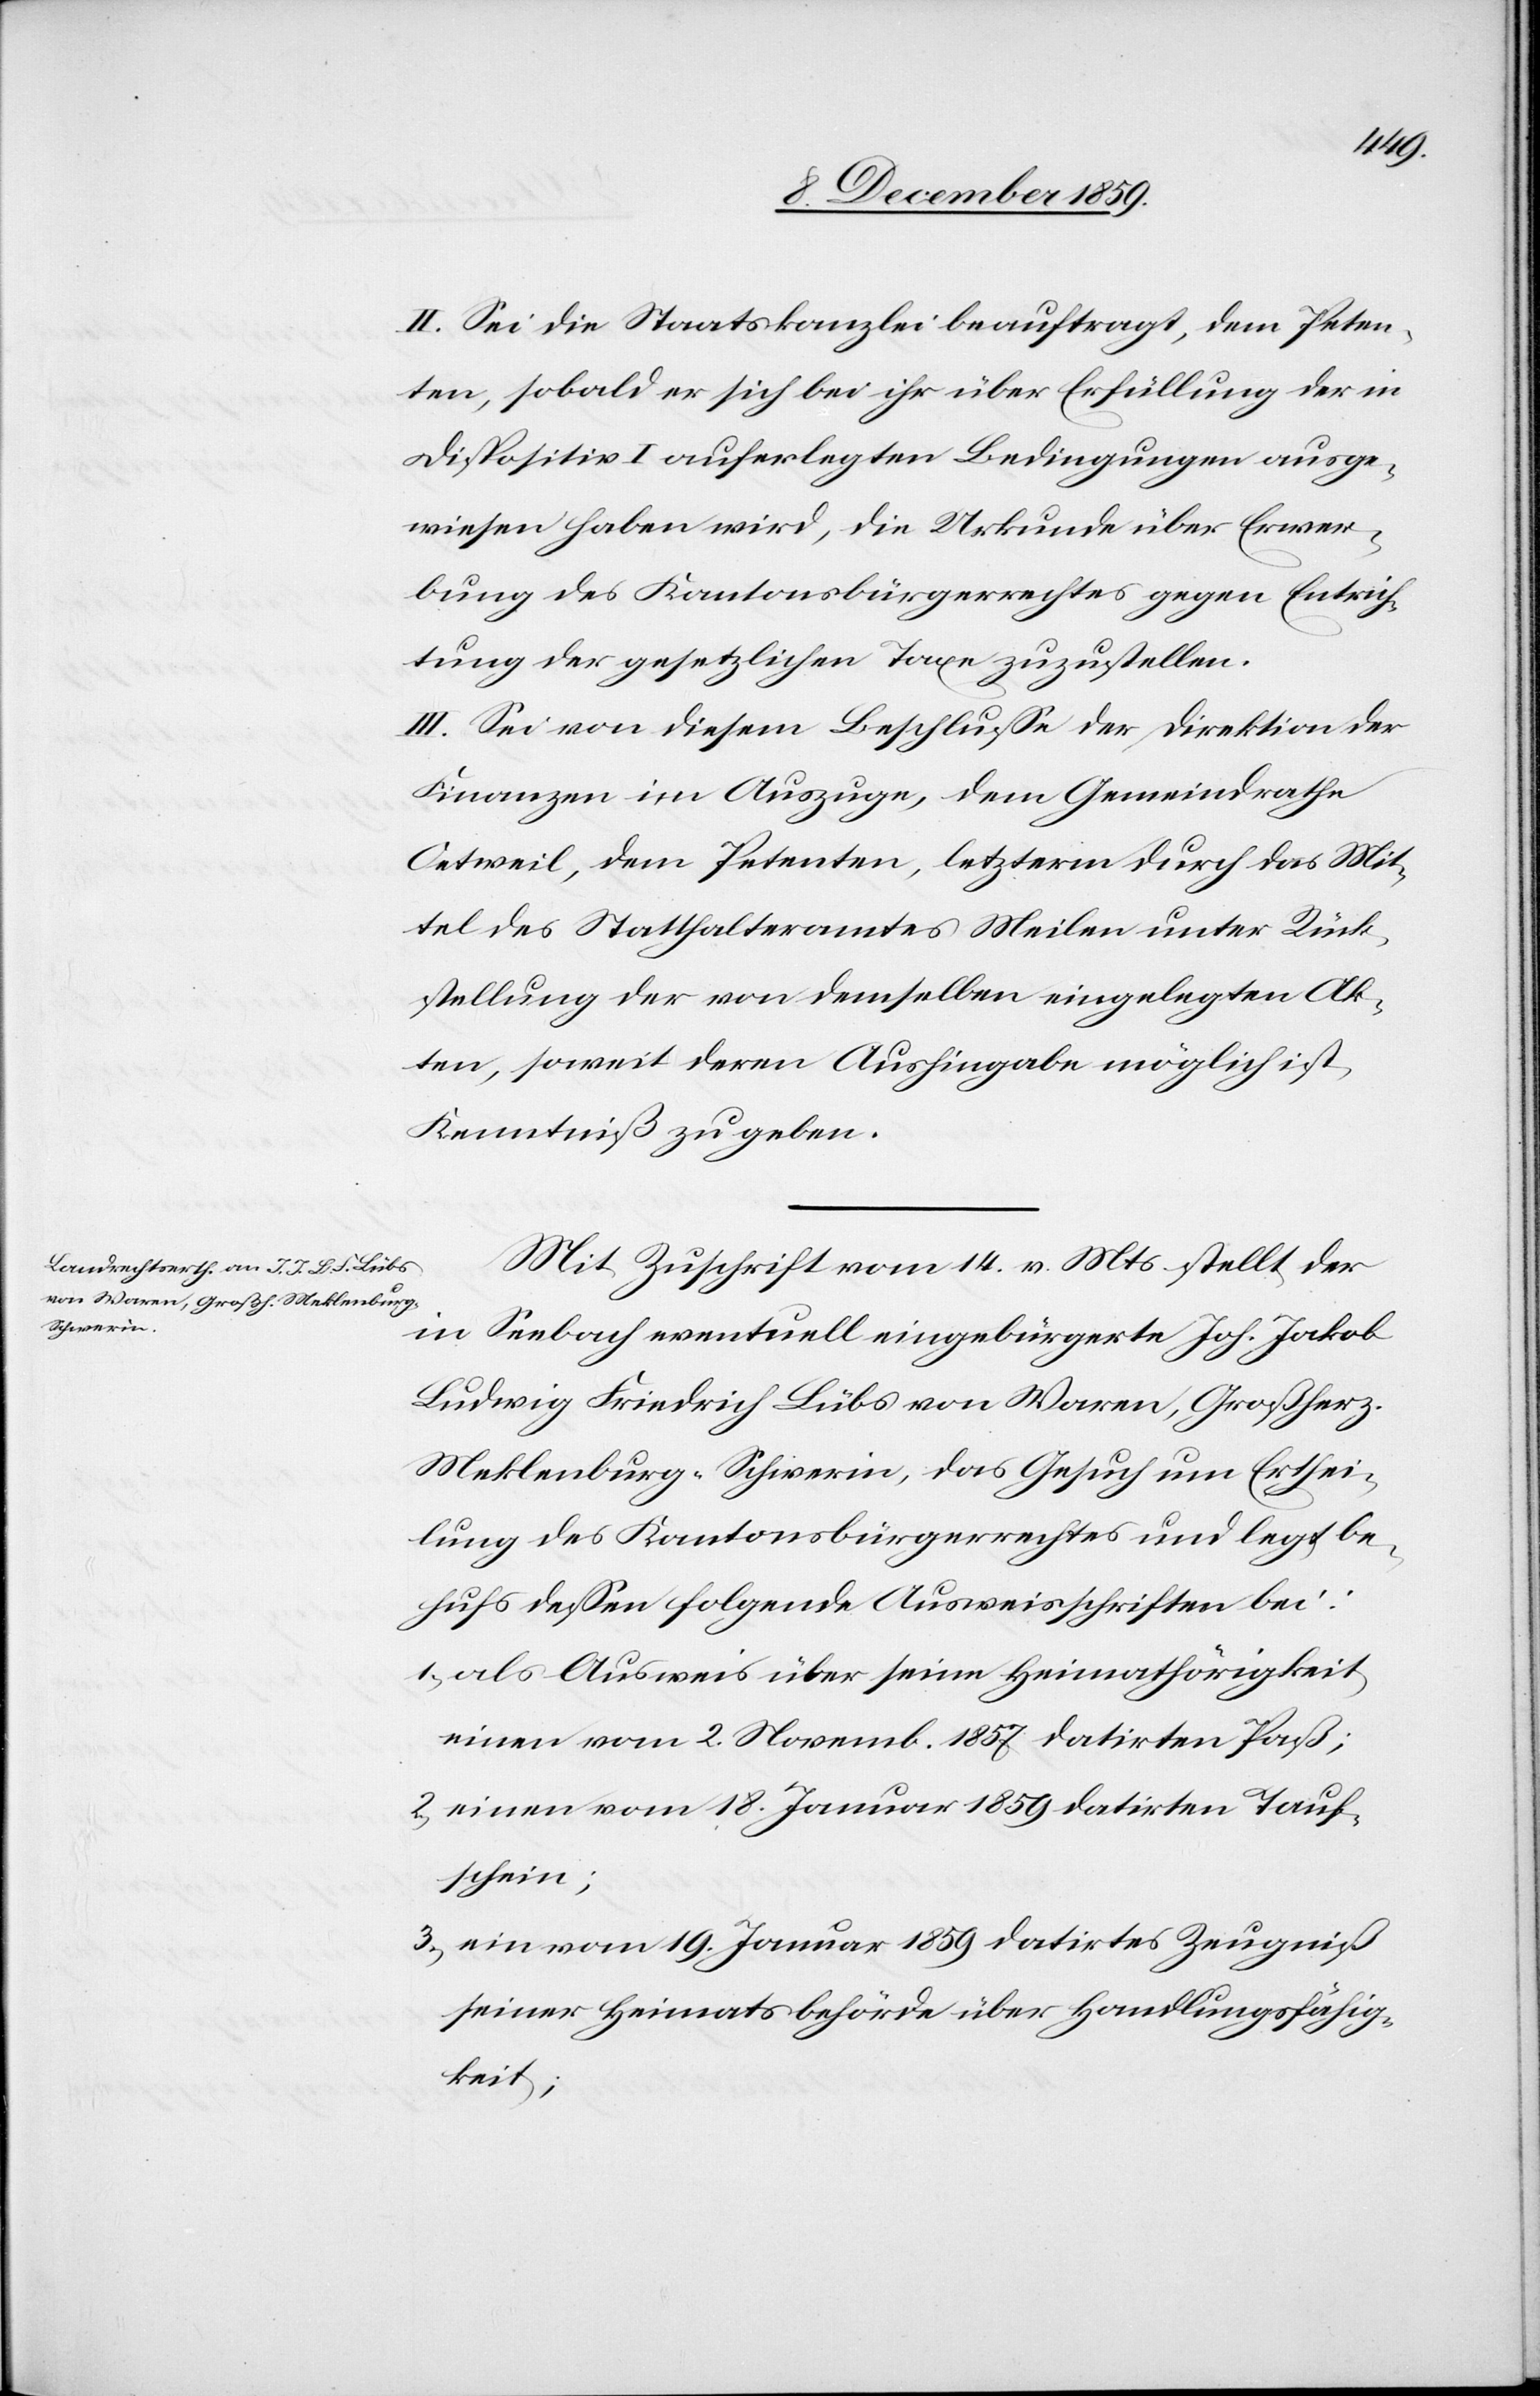
II. Sei die Staatskanzlei beauftragt, dem Peten¬
ten, sobald er sich bei ihr über Erfüllung der in
Dispositiv I auferlegten Bedingungen ausge¬
wiesen haben wird, die Urkunde über Erwer¬
bung des Kantonsbürgerrechtes gegen Entrich¬
tung der gesetzlichen Taxen zuzustellen.
III. Sei von diesem Beschlusse der Direktion der
Finanzen im Auszuge, dem Gemeindrathe
Oetweil, dem Petenten, letzterm durch das Mit¬
tel des Statthalteramtes Meilen unter Rück¬
stellung der von demselben eingelegten Ak¬
ten, soweit deren Aushingabe möglich ist,
Kenntniß zu geben.
Mit Zuschrift vom 14. v. Mts. stellt der
in Seebach eventuell eingebürgerte Joh. Jakob
Ludwig Friedrich Lübs von Waren, Mek¬
lenburg-Schwerin, das Gesuch um Erthei¬
lung des Kantonsbürgerrechtes und legt be¬
hufs dessen folgende Ausweisschriften bei:
1) als Ausweis über seine Heimathörigkeit
einen vom 2. Novemb. 1857 datirten Paß;
2) einen vom 18. Januar 1859 datirten Tauf¬
schein;
3) ein vom 19. Januar 1859 datirtes Zeugniß
seiner Heimatsbehörde über Handlungsfähig¬
keit;